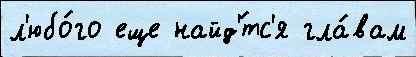
л'юбо́го еще найд'́тс'я гла́вам